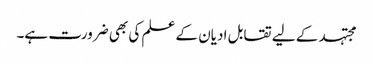
مجتہد کے لیے تقابل ادیان کے علم کی بھی ضرورت ہے۔